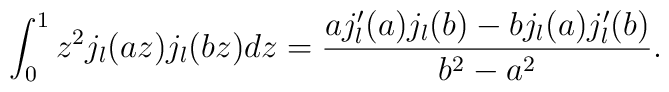
\int_{0}^{1}z^{2}j_{l}(az)j_{l}(bz)dz=\frac{aj'_{l}(a)j_{l}(b)-bj_{l}(a)j'_{l}(b)}{b^{2}-a^{2}}.